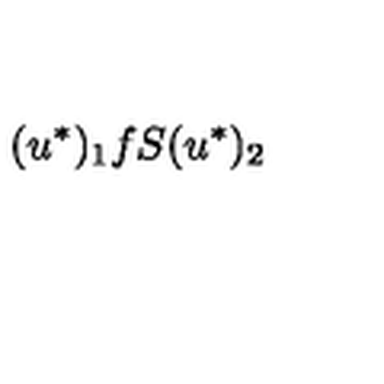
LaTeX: ( u ^ { \ast } ) _ { 1 } f S ( u ^ { \ast } ) _ { 2 }